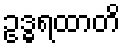
ဥဒ္ဓရထာတိ